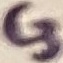
Text: C3